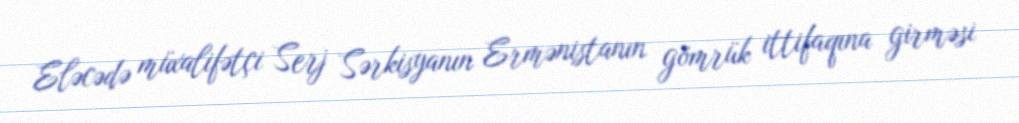
Eləcədə müxalifətçi Serj Sərkisyanın Ermənistanın gömrük ittifaqına girməsi